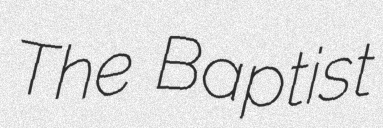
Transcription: The Baptist